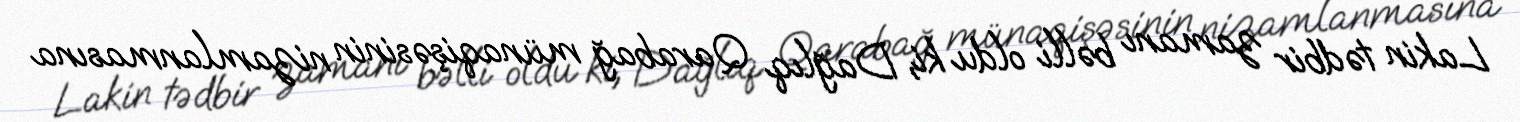
Lakin tədbir zamanı bəlli oldu ki, Dağlıq Qarabağ münaqişəsinin nizamlanmasına